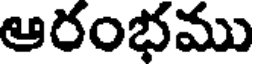
ఆరంభము